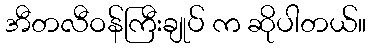
အီတလီဝန်ကြီးချုပ် က ဆိုပါတယ်။